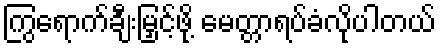
ကြွရောက်ချီးမြှင့်ဖို့ မေတ္တာရပ်ခံလိုပါတယ်